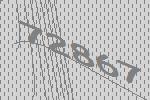
72867